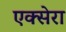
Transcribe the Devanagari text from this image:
एक्सेरा